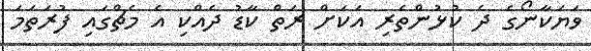
ވަޔަކާނޯގެ ދެ ކުޅުންތެރި އަކަށް ރަތް ކާޑު ދެއްކި އެ މެޗްގައި ފުރަތަމަ